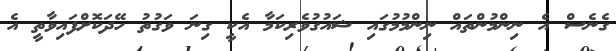
ގެނެސް އެ ނިންމުންތައް ނިންމުމުގައި ޝައުގުވެރިކަމާ އެކީ ގިނަ ވަގުތު ހޭދަކޮށްފައިވާތީ އެ